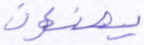
يصنعون